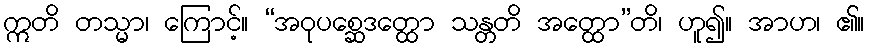
ဣတိ တသ္မာ၊ ကြောင့်။ “အဝုပစ္ဆေဒတ္ထော သန္တတိ အတ္ထော”တိ၊ ဟူ၍။ အာဟ၊ ၏။